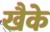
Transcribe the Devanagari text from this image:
खैके